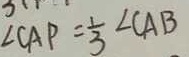
\angle C A P = \frac { 1 } { 3 } \angle C A B